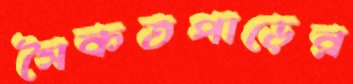
সৈকতপাড়ের